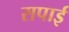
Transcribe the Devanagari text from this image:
सपाई